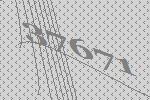
37671